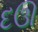
દઊ